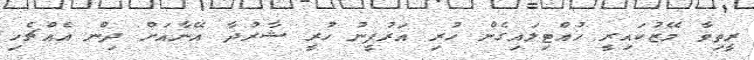
ރީތިވާ މޭޒުކައިރީ ހުއްޓިލައިގެން ހުރި އަރުފީނު ހުރީ ޝާރުދާ އޭނާއަށް ދިން އެއްޗެހި